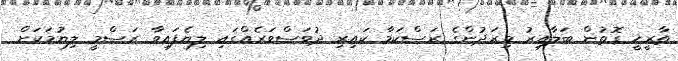
ތާރީޚީ ގޮތުން ބަލާއިރު މިރަދުންގެ ރަސްކަމާ ކައިރި ދުވަސްވަރެއްގައި ލިޔެފައިވާ ރަސްމީ ލިޔުމަކަށް